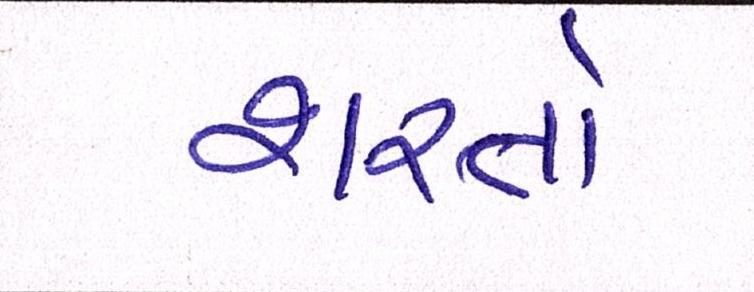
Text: શરતો